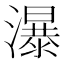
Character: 瀑